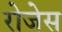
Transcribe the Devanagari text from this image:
रोजेस